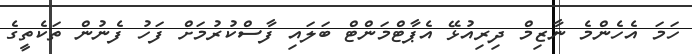
ހަމަ އެހެންމެ ނާޒިމް ދިރިއުޅޭ އެޕާޓްމަންޓް ބަލައި ފާސްކުރުމަށް ފަހު ފެނުން ތަކެތީގެ